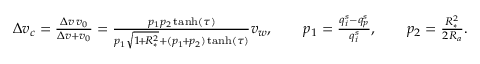
\begin{array} { r } { \Delta { v _ { c } } = \frac { \Delta v \, v _ { 0 } } { \Delta v + v _ { 0 } } = \frac { p _ { 1 } p _ { 2 } \operatorname { t a n h } ( \tau ) } { p _ { 1 } \sqrt { 1 \! + \! R _ { * } ^ { 2 } } + ( p _ { 1 } \! + \! p _ { 2 } ) \operatorname { t a n h } ( \tau ) } v _ { w } , \qquad p _ { 1 } = \frac { q _ { i } ^ { s } - q _ { p } ^ { s } } { q _ { i } ^ { s } } , \qquad p _ { 2 } = \frac { R _ { * } ^ { 2 } } { 2 R _ { a } } . } \end{array}